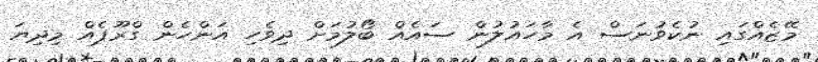
މޭޒެއްގައި ނުކެވުނަސް އެ މާހައުލުން ސައެއް ބޯލުމަށް ދިވެހި އަންހެން ގްރޫޕެއް މިދިޔަ